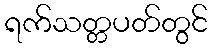
ရက်သတ္တပတ်တွင်